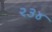
૨૩૪